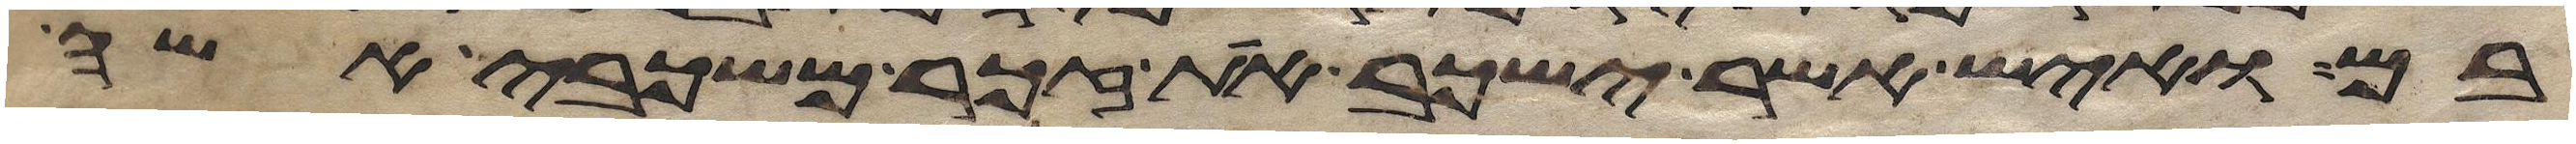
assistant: בם ואיש אשר ישכב את זכר משכבי אשה